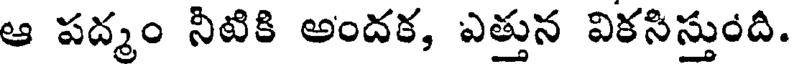
ఆ పద్మం నీటికి అందక, ఎత్తున వికసిస్తుంది.